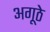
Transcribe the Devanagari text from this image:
अगूठे